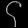
Digit: ၄